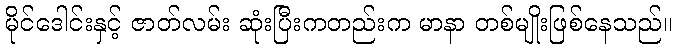
မိုင်ဒေါင်းနှင့် ဇာတ်လမ်း ဆုံးပြီးကတည်းက မာနာ တစ်မျိုးဖြစ်နေသည်။